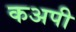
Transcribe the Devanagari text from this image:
कअपी